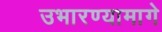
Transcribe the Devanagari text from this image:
उभारण्यामागे